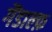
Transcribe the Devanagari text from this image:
गैंडाल्फ़